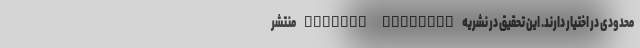
محدودی در اختیار دارند. این تحقیق در نشریه Science Advances منتشر